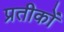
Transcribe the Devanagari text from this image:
प्रतीकोंं